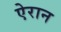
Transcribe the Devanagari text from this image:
ऐरान